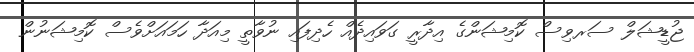
ޖުޑީޝަލް ސަރވިސް ކޮމިޝަންގެ އިދާރީ ގަވައިދެއް ހެދިފައި ނުވާތީ މިއަދާ ހަމައަށްވެސް ކޮމިޝަނުން